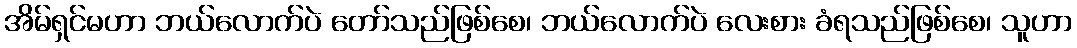
အိမ်ရှင်မဟာ ဘယ်လောက်ပဲ တော်သည်ဖြစ်စေ၊ ဘယ်လောက်ပဲ လေးစား ခံရသည်ဖြစ်စေ၊ သူဟာ